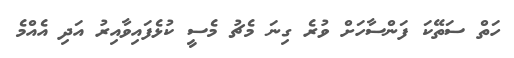
ހަތް ސަތޭކަ ފަންސާހަށް ވުރެ ގިނަ މެޗު މެސީ ކުޅެފައިވާއިރު އަދި އެއްމެ